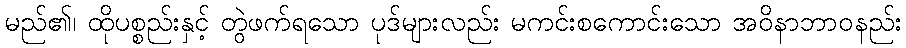
မည်၏၊ ထိုပစ္စည်းနှင့် တွဲဖက်ရသော ပုဒ်များလည်း မကင်းစကောင်းသော အဝိနာဘာဝနည်း